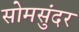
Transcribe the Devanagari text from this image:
सोमसुंदर